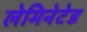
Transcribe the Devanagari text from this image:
लेमिनेटेड